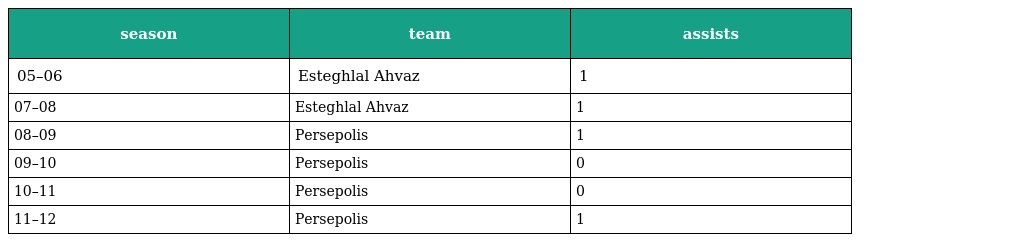
| season | team | assists |
 | --- | --- | --- |
 | 05–06 | Esteghlal Ahvaz | 1 |
 | 07–08 | Esteghlal Ahvaz | 1 |
 | 08–09 | Persepolis | 1 |
 | 09–10 | Persepolis | 0 |
 | 10–11 | Persepolis | 0 |
 | 11–12 | Persepolis | 1 |